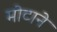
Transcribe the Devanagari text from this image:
मोटाने